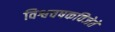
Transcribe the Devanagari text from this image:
विश्वचषकविजेते